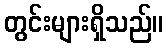
တွင်းများရှိသည်။